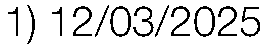
1) 12/03/2025